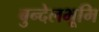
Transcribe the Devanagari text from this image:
बुन्देलभूमि